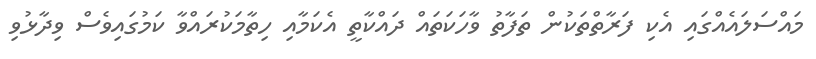
މައްސަލައެއްގައި އެކި ފަރާތްތަކުން ތަފާތު ވާހަކަތައް ދައްކާތީ އެކަމާއި ހިތާމަކުރައްވާ ކަމުގައިވެސް ވިދާޅުވި